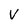
Character: V